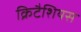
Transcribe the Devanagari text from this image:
क्रिटैशियस